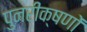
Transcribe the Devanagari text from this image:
पुनरीक्षणों